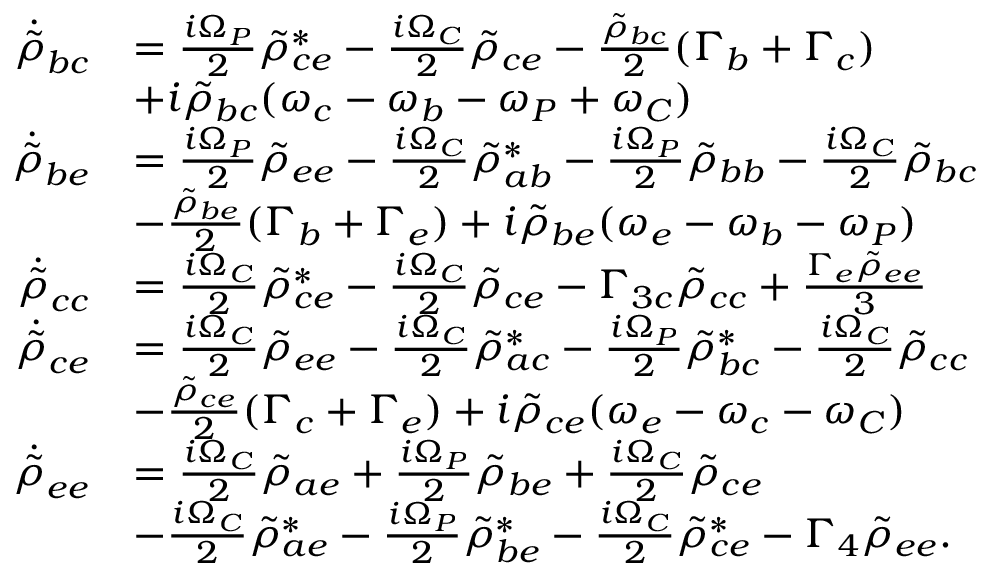
\begin{array} { r l } { \Dot { \Tilde { \rho } } _ { b c } } & { = \frac { i \Omega _ { P } } { 2 } \Tilde { \rho } _ { c e } ^ { * } - \frac { i \Omega _ { C } } { 2 } \Tilde { \rho } _ { c e } - \frac { \Tilde { \rho } _ { b c } } { 2 } ( \Gamma _ { b } + \Gamma _ { c } ) } \\ & { + i \Tilde { \rho } _ { b c } ( \omega _ { c } - \omega _ { b } - \omega _ { P } + \omega _ { C } ) } \\ { \Dot { \Tilde { \rho } } _ { b e } } & { = \frac { i \Omega _ { P } } { 2 } \Tilde { \rho } _ { e e } - \frac { i \Omega _ { C } } { 2 } \Tilde { \rho } _ { a b } ^ { * } - \frac { i \Omega _ { P } } { 2 } \Tilde { \rho } _ { b b } - \frac { i \Omega _ { C } } { 2 } \tilde { \rho } _ { b c } } \\ & { - \frac { \Tilde { \rho } _ { b e } } { 2 } ( \Gamma _ { b } + \Gamma _ { e } ) + i \Tilde { \rho } _ { b e } ( \omega _ { e } - \omega _ { b } - \omega _ { P } ) } \\ { \Dot { \Tilde { \rho } } _ { c c } } & { = \frac { i \Omega _ { C } } { 2 } \Tilde { \rho } _ { c e } ^ { * } - \frac { i \Omega _ { C } } { 2 } \Tilde { \rho } _ { c e } - \Gamma _ { 3 c } \Tilde { \rho } _ { c c } + \frac { \Gamma _ { e } \Tilde { \rho } _ { e e } } { 3 } } \\ { \Dot { \Tilde { \rho } } _ { c e } } & { = \frac { i \Omega _ { C } } { 2 } \Tilde { \rho } _ { e e } - \frac { i \Omega _ { C } } { 2 } \Tilde { \rho } _ { a c } ^ { * } - \frac { i \Omega _ { P } } { 2 } \Tilde { \rho } _ { b c } ^ { * } - \frac { i \Omega _ { C } } { 2 } \Tilde { \rho } _ { c c } } \\ & { - \frac { \Tilde { \rho } _ { c e } } { 2 } ( \Gamma _ { c } + \Gamma _ { e } ) + i \Tilde { \rho } _ { c e } ( \omega _ { e } - \omega _ { c } - \omega _ { C } ) } \\ { \dot { \Tilde { \rho } } _ { e e } } & { = \frac { i \Omega _ { C } } { 2 } \Tilde { \rho } _ { a e } + \frac { i \Omega _ { P } } { 2 } \Tilde { \rho } _ { b e } + \frac { i \Omega _ { C } } { 2 } \Tilde { \rho } _ { c e } } \\ & { - \frac { i \Omega _ { C } } { 2 } \Tilde { \rho } _ { a e } ^ { * } - \frac { i \Omega _ { P } } { 2 } \Tilde { \rho } _ { b e } ^ { * } - \frac { i \Omega _ { C } } { 2 } \Tilde { \rho } _ { c e } ^ { * } - \Gamma _ { 4 } \Tilde { \rho } _ { e e } . } \end{array}